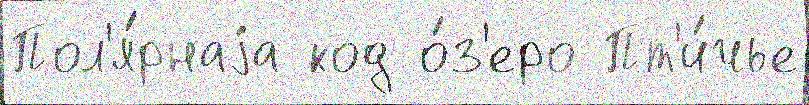
Пол'я́рнаjа код о́з'еро Пт'и́чье